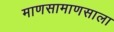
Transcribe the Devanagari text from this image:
माणसामाणसाला